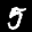
Label: 5